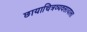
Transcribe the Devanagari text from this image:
छायाचित्रव्यवसायाला